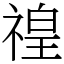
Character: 䄓